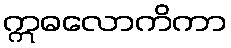
ဣဓလောကိကာ